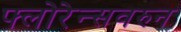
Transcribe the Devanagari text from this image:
फ्लोरेन्सवरुन